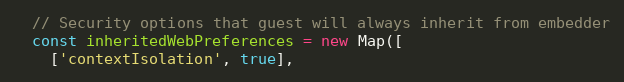
Language: JavaScript
  // Security options that guest will always inherit from embedder
  const inheritedWebPreferences = new Map([
    ['contextIsolation', true],